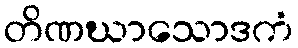
တိဏဃာသောဒကံ